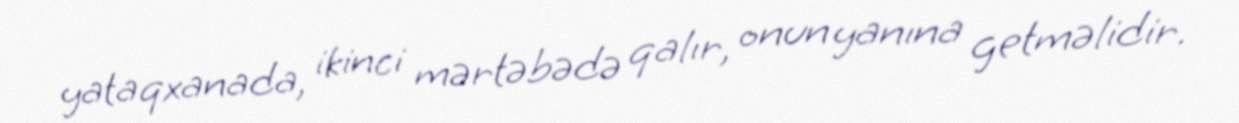
yataqxanada, ikinci mərtəbədə qalır, onun yanına getməlidir.